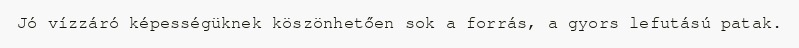
Jó vízzáró képességüknek köszönhetően sok a forrás, a gyors lefutású patak.